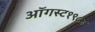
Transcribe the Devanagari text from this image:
ऑगस्ट१९८४